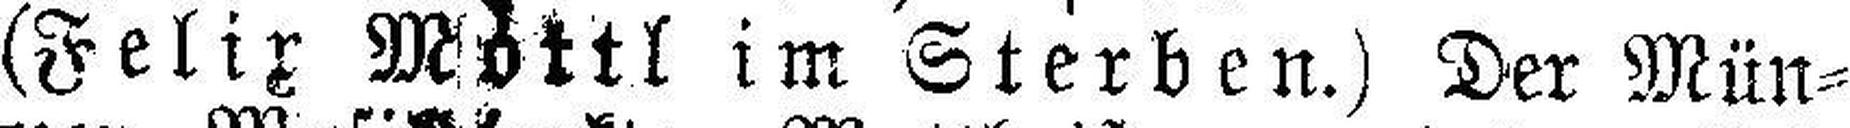
(Felix Mottl im Sterben.) Der Mün¬